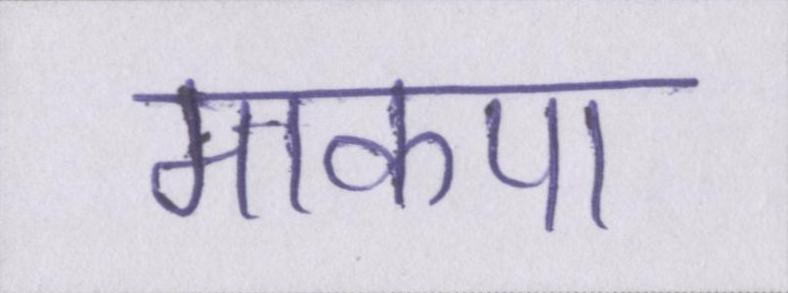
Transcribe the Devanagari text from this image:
माकपा